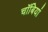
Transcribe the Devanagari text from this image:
चॉबियां